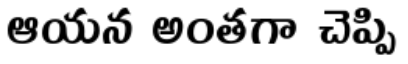
ఆయన అంతగా చెప్పి